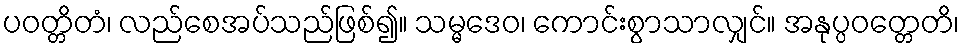
ပဝတ္တိတံ၊ လည်စေအပ်သည်ဖြစ်၍။ သမ္မဒေဝ၊ ကောင်းစွာသာလျှင်။ အနုပ္ပဝတ္တေတိ၊